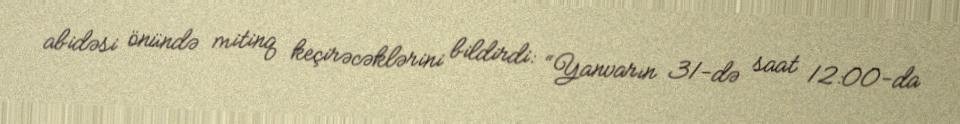
abidəsi önündə mitinq keçirəcəklərini bildirdi: “Yanvarın 31-də saat 12:00-da